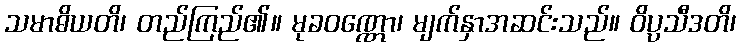
သမာဓိယတိ၊ တည်ကြည်၏။ မုခဝဏ္ဏော၊ မျက်နှာအဆင်းသည်။ ဝိပ္ပသီဒတိ၊